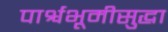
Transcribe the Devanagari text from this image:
पार्श्वभूमीसुद्धा